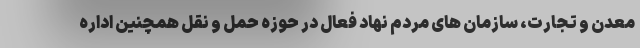
معدن و تجارت، سازمان های مردم نهاد فعال در حوزه حمل و نقل همچنین اداره